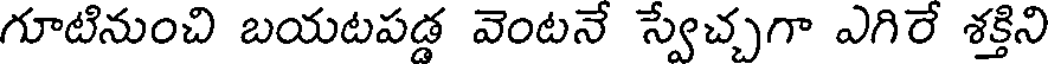
గూటినుంచి బయటపడ్డ వెంటనే స్వేచ్చగా ఎగిరే శక్తిని